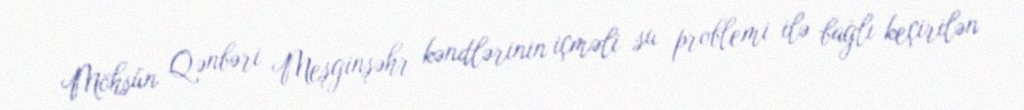
Möhsün Qənbəri Meşginşəhr kəndlərinin içməli su problemi ilə bağlı keçirilən